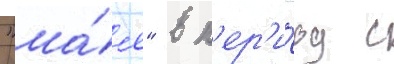
"ма́я" в п'ер'и́од с